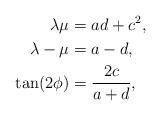
LaTeX: \begin{align*} \lambda \mu &= ad+c^2,\\ \lambda - \mu &= a-d,\\ \tan(2\phi) &= \frac{2c}{a+d},\end{align*}